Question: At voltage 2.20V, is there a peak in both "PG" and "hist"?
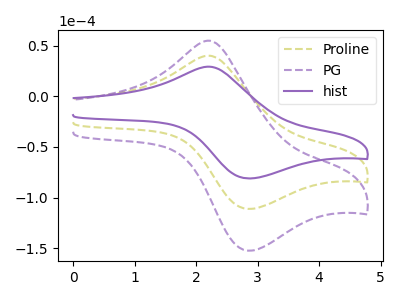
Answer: <think>The olive dashed curve "Proline" has an anodic peak at (2.20V, 39.95uA) and a cathodic peak at (2.85V, -111.20uA). The purple dashed curve "PG" has an anodic peak at (2.20V, 79.85uA) and a cathodic peak at (2.85V, -222.40uA). The purple curve "hist" has an anodic peak at (2.20V, 29.15uA) and a cathodic peak at (2.85V, -81.10uA).</think>
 <answer>Yes, "PG" and "hist" share a peak at 2.20V.</answer>
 <eval>match</eval>